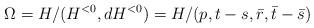
LaTeX: \begin{align*}\Omega = H/ (H^{<0}, dH^{<0}) = H/(p,t-s,\bar r,\bar t-\bar s)\end{align*}